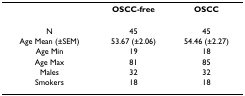
|  | OSCC-free | OSCC |
 | --- | --- | --- |
 | N | 45 | 45 |
 | Age Mean (±SEM) | 53.67 (±2.06) | 54.46 (±2.27) |
 | Age Min | 19 | 18 |
 | Age Max | 81 | 85 |
 | Males | 32 | 32 |
 | Smokers | 18 | 18 |